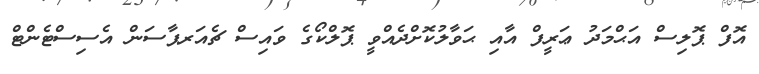
އޮފް ޕޮލިސް އަޙްމަދު ޢަރީފް އާއި ޙަވާލުކޮށްދެއްވީ ޕޮލްކޯގެ ވައިސް ޗެއަރޕާސަން އެސިސްޓެންޓް